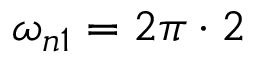
\omega _ { n 1 } = 2 \pi \cdot 2